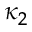
\kappa _ { 2 }